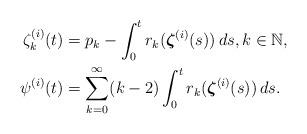
LaTeX: \begin{align*}\zeta_k^{(i)}(t) & = p_k - \int_0^t r_k(\boldsymbol{\zeta}^{(i)}(s))\,ds, k \in \mathbb{N}, \\\psi^{(i)}(t) & = \sum_{k=0}^\infty (k-2) \int_0^t r_k(\boldsymbol{\zeta}^{(i)}(s))\,ds. \end{align*}